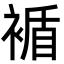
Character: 䙉